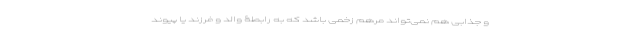
و جذابی هم نمی‌تواند مرهم زخمی باشد که به رابطۀ والد و فرزند یا پیوند